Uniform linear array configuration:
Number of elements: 12
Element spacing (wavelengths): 0.75
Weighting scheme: uniform
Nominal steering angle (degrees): -30
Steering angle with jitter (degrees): -30.598
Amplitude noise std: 0.05
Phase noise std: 0.05

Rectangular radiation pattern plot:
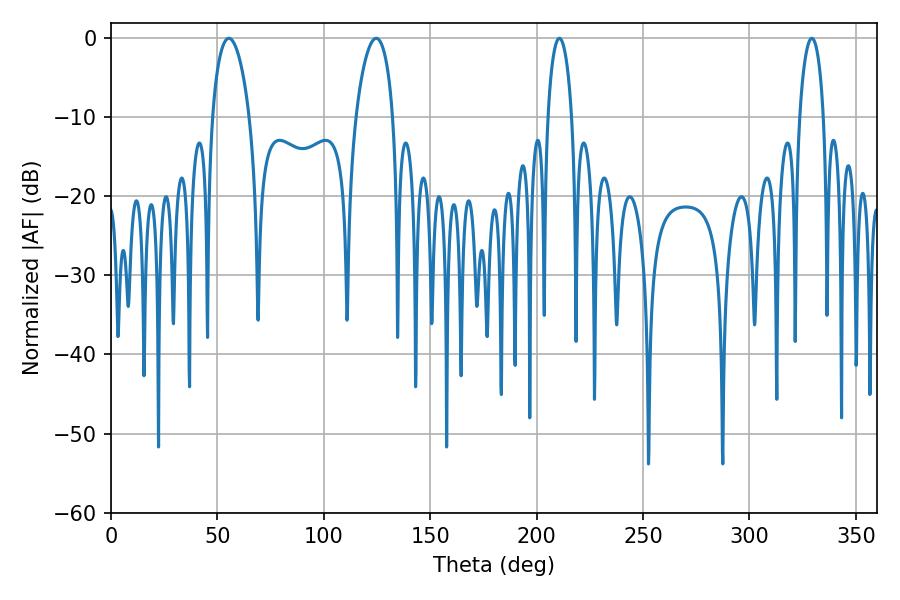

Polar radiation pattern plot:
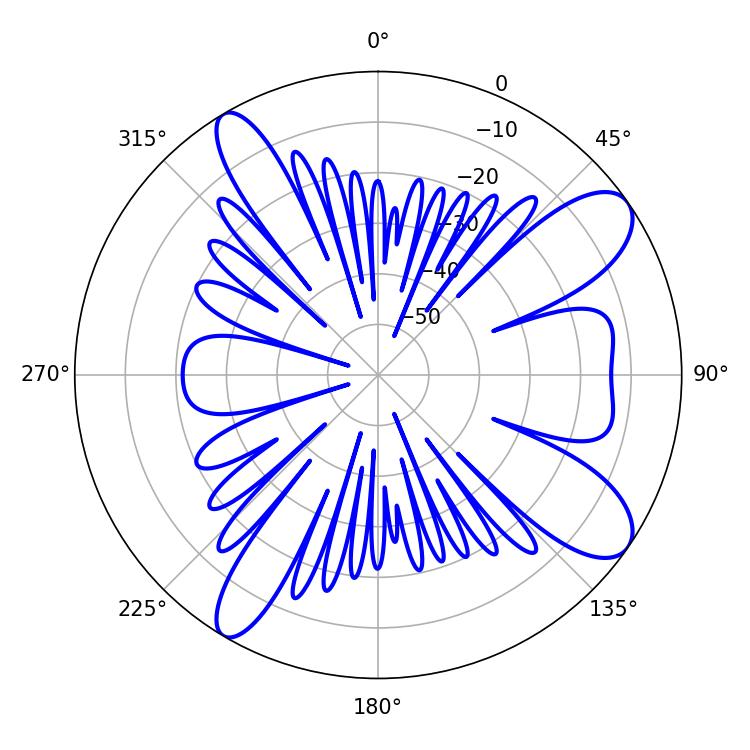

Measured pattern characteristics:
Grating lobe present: TRUE
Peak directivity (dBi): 10.052
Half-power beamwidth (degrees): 9.9
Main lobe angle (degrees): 55.44